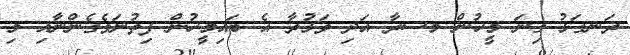
ޜަނގަޅު ގިނަ މީހުން މސރާ އަދި ވަޅުރާ އެ ބައިމީހުން ފިތުނަވެގެންނާއި މި